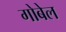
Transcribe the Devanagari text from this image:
गोबेल